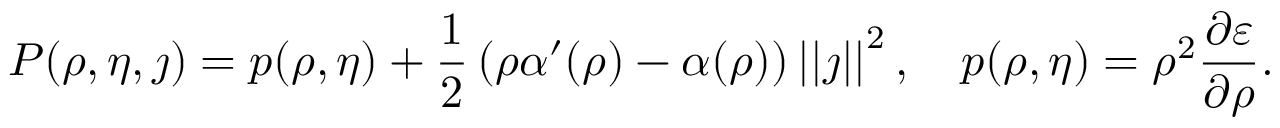
P ( \rho , \eta , \j ) = p ( \rho , \eta ) + \frac { 1 } { 2 } \left( \rho \alpha ^ { \prime } ( \rho ) - \alpha ( \rho ) \right) \left\vert \left\vert \j \right\vert \right\vert ^ { 2 } , \quad p ( \rho , \eta ) = \rho ^ { 2 } \frac { \partial \varepsilon } { \partial \rho } .